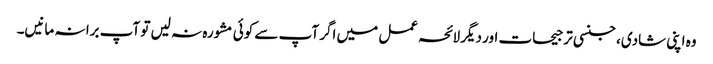
وہ اپنی شادی، جنسی ترجیحات اور دیگر لائحہ عمل میں اگر آپ سے کوئی مشورہ نہ لیں تو آپ برا نہ مانیں۔